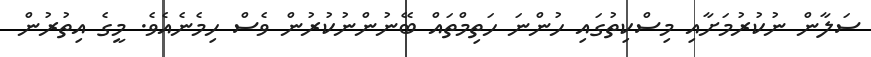
ސަލާން ނުކުރުމަށާއި މިސްކިތުގައި ހުންނަ ހަތިމްތައް ބޭނުންނުކުރުން ވެސް ހިމެނެއެވެ. މީގެ އިތުރުން